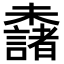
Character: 𣠖